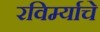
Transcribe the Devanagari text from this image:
रविर्म्याचे